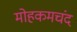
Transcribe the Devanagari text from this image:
मोहकमचंद